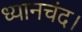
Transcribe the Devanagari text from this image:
ध्यानचंद।